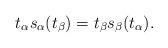
LaTeX: \begin{align*}t_\alpha s_\alpha(t_\beta)=t_\beta s_\beta(t_\alpha).\end{align*}